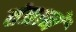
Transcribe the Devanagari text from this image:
तंत्रानें